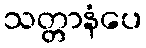
သတ္တာနံပေ